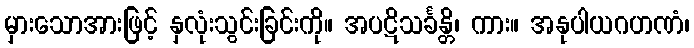
မှားသောအားဖြင့် နှလုံးသွင်းခြင်းကို။ အပဋိသင်္ခန္တိ၊ ကား။ အနုပါယဂဟဏံ၊